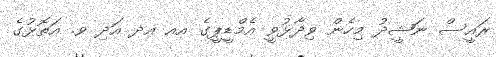
ރައީސް ނަޝީދު މިހެން ވިދާޅުވީ އެމްޑީޕީގެ އއ އދ އަދި ވ. އަތޮޅުގެ